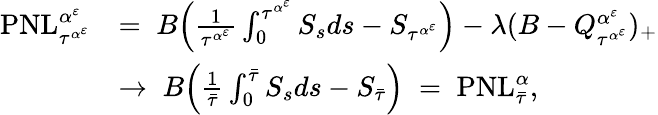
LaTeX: \begin{array}{rl}{\mathrm{PNL}_{\tau^{\alpha^{\varepsilon}}}^{\alpha^{\varepsilon}}}&{=\; B\Big(\frac{1}{\tau^{\alpha^{\varepsilon}}}\int_{0}^{\tau^{\alpha^{\varepsilon}}}S_{s}ds-S_{\tau^{\alpha^{\varepsilon}}}\Big)-\lambda(B-Q_{\tau^{\alpha^{\varepsilon}}}^{\alpha^{\varepsilon}})_{+}}\\ &{\rightarrow\; B\Big(\frac{1}{\bar{\tau}}\int_{0}^{\bar{\tau}}S_{s}ds-S_{\bar{\tau}}\Big)\; =\; \mathrm{PNL}_{\bar{\tau}}^{\alpha},}\end{array}